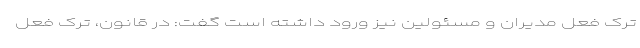
ترک فعل مدیران و مسئولین نیز ورود داشته است گفت: در قانون، ترک فعل